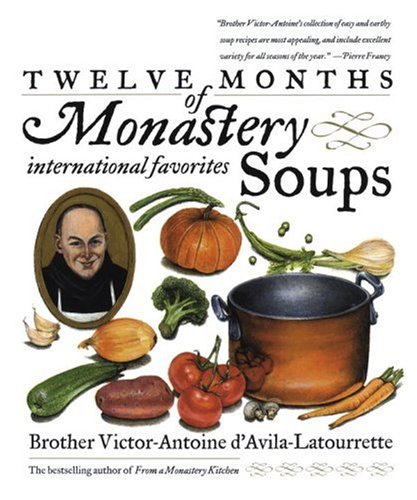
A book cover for Twelve Months of Monastery Soups; Victor D'Avila-Latourrette; Cookbooks, Food & Wine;